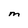
Character: M